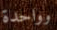
وواحدة